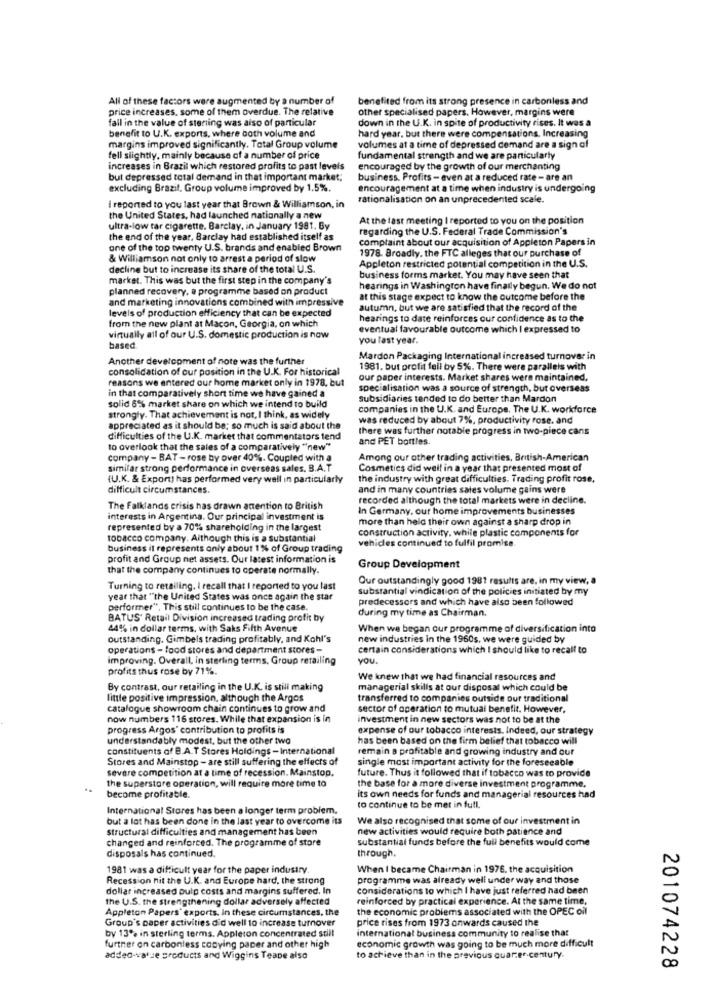
All of these factors were augmented by a number of
benefited from its strong presence in carbonless and
price increases, some of them overdue. The relative
Other specialised papers. However, margins were
fall in the value of sterling was aiso of particular
down in the U.K. in spite of productivity rises. It was a
benefit to U.K. exports, where both volume and
hard year, but there were compensations, Increasing
margins improved significantly. Total Group volume
volumes at a time of depressed demand are a sign of
fell slightly, mainly because of a number of price
fundamental strength and we are particularly
increases in Brazil which restored profits to past levels
encouraged by the growth of our merchanting
but depressed total demand in that important market;
business. Profits - even at a reduced rate - are an
excluding Brazil, Group volume improved by 1.5%.
encouragement at a time when industry is undergoing
rationalisation on an unprecedented scale.
I reported to you last year that Brown & Williamson, in
the United States, had launched nationally a new
At the last meeting I reported to you on the position
ultra-low tar cigarette. Barclay, in January 1981. By
regarding the U.S. Federal Trade Commission's
the end of the year, Barclay had established itself as
complaint about our acquisition of Appleton Papers in
one of the top twenty U.S. brands and enabled Brown
1978. Broadly, the FTC alleges that our purchase of
& Williamson not only to arrest a period of slow
Appleton restricted potential competition in the U.S.
decline but to increase its share of the total U.S.
market. This was but the first step in the company's
business forms market. You may have seen that
planned recovery, a programme based on product
hearings in Washington have finally begun. We do not
and marketing innovations combined with impressive
at this stage expect to know the outcome before the
levels of production efficiency that can be expected
autumn, but we are satisfied that the record of the
from the new plant at Macon, Georgia, on which
hearings to date reinforces our confidence as to the
eventual favourable outcome which I expressed to
virtually all of our U.S. domestic production is now
you last year.
based
Another development of note was the further
Mardon Packaging International increased turnover in
consolidation of our position in the U.K. For historical
1981. but profit feil by 5%. There were parallels with
reasons we entered our home market only in 1978, but
our paper interests. Market shares were maintained,
in that comparatively short time we have gained a
specialisation was a source of strength, but overseas
solid 6% market share on which we intend to build
subsidiaries tended to do better than Mardon
companies in the U.K. and Europe. The U.K. workforce
strongly. That achievement is not, I think, as widely
was reduced by about 7%, productivity rose. and
appreciated as it should be: so much is said about the
there was further notable progress in two-piece cans
difficulties of the U.K. market that commentators tend
and PET bottles.
to overlook that the sales of a comparatively "new"
company - BAT - rose by over 40%. Coupled with a
Among our other trading activities, British-American
similar strong performance in overseas sales. B.A.T
Cosmetics did well in a year that presented most of
(U.K. & Export) has performed very well in particularly
the industry with great difficulties. Trading profit rose,
difficult circumstances.
and in many countries sales volume gains were
recorded although the total markets were in decline.
The Falklands crisis has drawn attention to British
In Germany, our home improvements businesses
interests in Argentina. Our principal investment is
more than held their own against a sharp drop in
represented by a 70% shareholding in the largest
construction activity, while plastic components for
tobacco company. Although this is a substantial
vehicles continued to fulfil promise.
business it represents only about 1% of Group trading
profit and Group net assets. Our latest information is
that the company continues to operate normally.
Group Development
Our outstandingly good 1981 results are, in my view, a
Turning to retailing. I recall that I reported to you last
substantial vindication of the policies initiated by my
year that "the United States was once again the star
predecessors and which have also been followed
performer", This still continues to be the case.
during my time as Chairman.
BATUS' Retail Division increased trading profit by
44% in dollar terms, with Saks Fifth Avenue
When we began our programme of diversification into
outstanding. Gimbels trading profitably, and Kohl's
new industries in the 1960s. we were guided by
operations - food stores and department stores -
certain considerations which I should like to recall to
improving. Overall, in sterling terms, Group retailing
you.
profits thus rose by 71%.
We knew that we had financial resources and
By contrast, our retailing in the U.K. is still making
managerial skills at our disposal which could be
little positive impression, although the Argos
transferred to companies outside our traditional
catalogue showroom chain continues to grow and
sector of operation to mutual benefit. However,
now numbers 116 stores. While that expansion is in
investment in new sectors was not to be at the
progress Argos' contribution to profits is
expense of our tobacco interests. Indeed, our strategy
understandably modest, but the other two
has been based on the firm belief that tobacco will
constituents of B.A.T Stores Holdings - International
remain a profitable and growing industry and our
Stores and Mainstop - are still suffering the effects of
single most important activity for the foreseeable
severe competition at a time of recession. Mainstop.
future. Thus it followed that if tobacco was to provide
the superstore operation, will require more time to
the base for a more diverse investment programme.
become profitable.
its own needs for funds and managerial resources had
International Stores has been a longer term problem.
to continue to be met in full.
but a lot has been done in the last year to overcome its
We also recognised that some of our investment in
structural difficulties and management has been
new activities would require both patience and
changed and reinforced. The programme of store
substantial funds before the full benefits would come
disposals has continued.
through,
1981 was a difficult year for the paper industry
When I became Chairman in 1976, the acquisition
Recession nit the U.K. and Europe hard, the strong
programme was already well under way and those
dollar increased pulp costs and margins suffered. In
considerations to which I have just referred had been
the U.S. the strengthening dollar adversely affected
reinforced by practical experience. At the same time,
Appleton Papers' exports. In these circumstances, the
the economic problems associated with the OPEC oil
Group's paper activities did well 10 increase turnover
price rises from 1973 onwards caused the
by 13% in sterling terms. Appleton concentrated still
international business community to realise that
economic growth was going to be much more difficult
further on carbonless copying paper and other high
addedvalue products and Wiggins TeaDe also
to achieve than in the previous quarter-century.
201074228